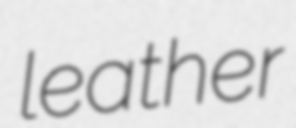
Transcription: leather